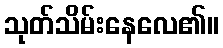
သုတ်သိမ်းနေလေ၏။